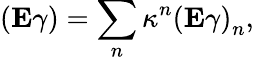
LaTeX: \left(\mathrm{\mathbf E}\gamma\right)=\sum_{n}\kappa^{n}\left(\mathrm{\mathbf E}\gamma\right)_{n},